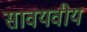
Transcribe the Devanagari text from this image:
सावयवीय